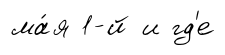
ма́я 1-й и гд'е